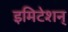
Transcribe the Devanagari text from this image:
इमिटेशन्